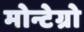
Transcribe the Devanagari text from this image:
मोन्टेग्रो